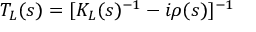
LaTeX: T _ { L } ( s ) = [ K _ { L } ( s ) ^ { - 1 } - i \rho ( s ) ] ^ { - 1 }